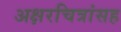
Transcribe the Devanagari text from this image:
अक्षरचित्रांसह